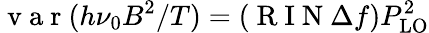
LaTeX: \mathrm{~v~a~r~}(h\nu_{0}B^{2}/T)=(\mathrm{~R~I~N~}\Delta f)P_{\mathrm{LO}}^{2}